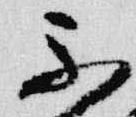
不